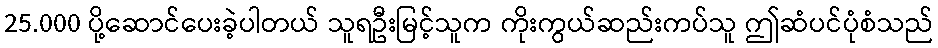
25.000 ပို့ဆောင်ပေးခဲ့ပါတယ် သူရဦးမြင့်သူက ကိုးကွယ်ဆည်းကပ်သူ ဤဆံပင်ပုံစံသည်